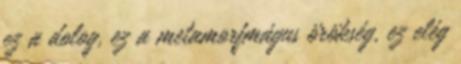
ez a dolog, ez a metamorfmágus örökség, ez elég